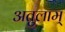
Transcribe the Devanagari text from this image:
अतुलाम्